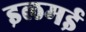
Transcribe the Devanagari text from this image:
इलमई